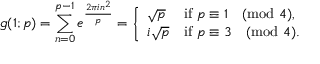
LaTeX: g ( 1 ; p ) = \sum _ { n = 0 } ^ { p - 1 } e ^ { \frac { 2 \pi i n ^ { 2 } } { p } } = { \left\{ \begin{array} { l l } { { \sqrt { p } } } & { { \mathrm { i f } } \ p \equiv 1 { \pmod { 4 } } , } \\ { i { \sqrt { p } } } & { { \mathrm { i f } } \ p \equiv 3 { \pmod { 4 } } . } \end{array} \right. }